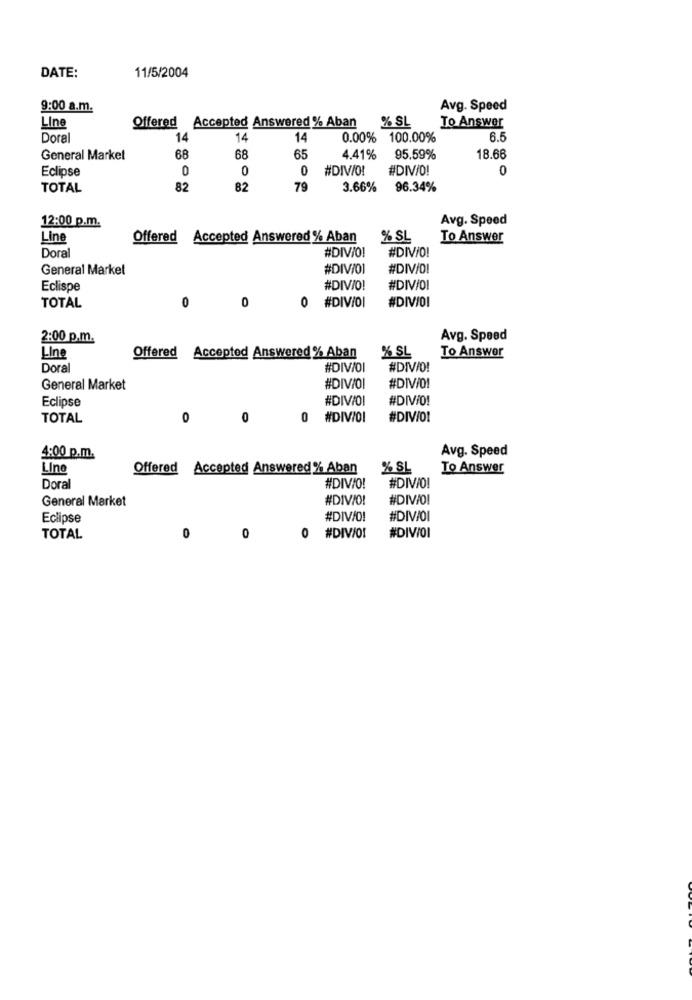
DATE:
11/5/2004
9:00 a.m.
Avg. Speed
% SL
To Answer
Line
Offered Accepted Answered % Aban
Doral
14
14
14
0.00% 100.00%
6.5
68
General Market
68
65
4.41%
95.59%
18.66
Eclipse
0
0
0
#DIV/O!
#DIV/O!
0
TOTAL
82
82
79
3.66%
96.34%
12:00 p.m.
Avg. Speed
Line
Offered Accepted Answered % Aban
% SL
To Answer
#DIV/O!
Dora
#DIV/0!
General Market
#DIV/01
#DIV/D!
Eclispe
#DIVIO!
#DIV/OI
0
0
#DIVIOI
#DIVIDI
TOTAL
0
2:00 p.m.
Avg. Speed
% SL
To Answer
Line
Offered Accepted Answered % Aban
Doral
#DIV/OI
#DIVID!
#DIV/0!
General Market
#DIVIOL
#DIVIDI
#DIV/0!
Eclipse
TOTAL
0
0
0
#DIVIDI
#DIV/O1
Avg. Speed
4:00 p.m.
Line
Offered Accepted Answered % Aban
% SL
To Answer
Doral
#DIV/O!
#DIVIO!
General Market
#DIVIO!
#DIVIO!
Eclipse
#DIV/O!
#DIVIOI
TOTAL
0
0
0
#DIV/O!
#DIV/OI